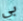
بي